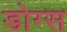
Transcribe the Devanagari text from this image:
डोग्स